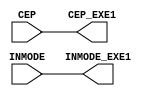
module EXE1
	(
		INMODE,
		CEP,
		INMODE_EXE1,
		CEP_EXE1
	);
	
	input	[4:0]	INMODE ;
	input 			CEP ;
	
	output  [4:0]	INMODE_EXE1 ;
	output			CEP_EXE1 ;
	
	assign INMODE_EXE1 	= INMODE ;
	assign CEP_EXE1 	= CEP ;

endmodule